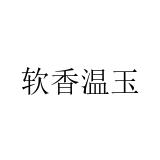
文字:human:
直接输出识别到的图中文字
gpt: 软香温玉